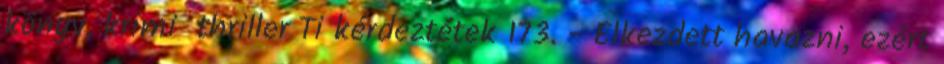
könyv, krimi thriller Ti kérdeztétek 173. - Elkezdett havazni, ezért